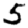
Digit: 5